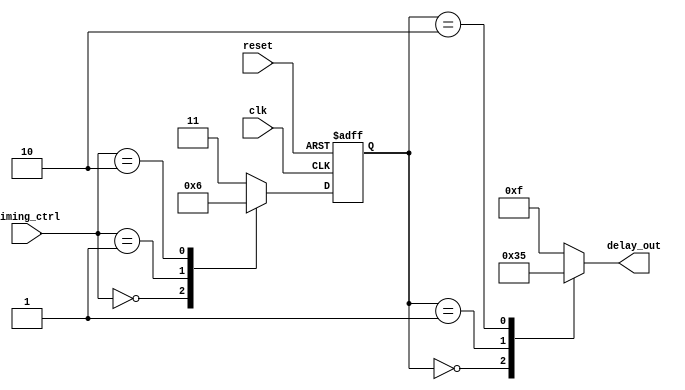
module Timing_Control_Mux_Delay (
    input [1:0] timing_ctrl,
    input wire clk,
    input wire reset,
    output reg [3:0] delay_out
);

reg [1:0] delay_sel;

always @(posedge clk or posedge reset) begin
    if (reset) begin
        delay_sel <= 2'b00; // default delay value
    end else begin
        case (timing_ctrl)
            2'b00: delay_sel <= 2'b00; // select delay value based on timing_ctrl signals
            2'b01: delay_sel <= 2'b01; 
            2'b10: delay_sel <= 2'b10;
            default: delay_sel <= 2'b11; // select default value if timing_ctrl is out of range
        endcase
    end
end

always @* begin
    case (delay_sel)
        2'b00: delay_out <= 4'b0000; // delay values mapping
        2'b01: delay_out <= 4'b0011;
        2'b10: delay_out <= 4'b0101;
        default: delay_out <= 4'b1111; // default delay value
    endcase
end

endmodule